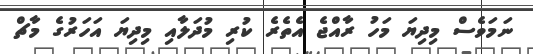
ނަމަވެސް މިދިޔަ މަހު ރާއްޖެ އެތެރެ ކުރި މުދަލާއި މިދިޔަ އަހަރުގެ މާޗް